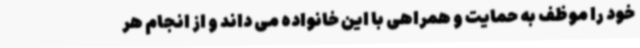
خود را موظف به حمایت و همراهی با این خانواده می داند و از انجام هر